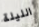
الليلة